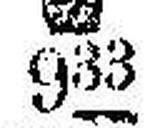
### 933